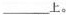
___上。